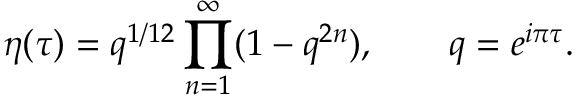
\eta ( \tau ) = q ^ { 1 / 1 2 } \prod _ { n = 1 } ^ { \infty } ( 1 - q ^ { 2 n } ) , \qquad q = e ^ { { i \pi \tau } } .